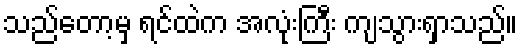
သည်တော့မှ ရင်ထဲက အလုံးကြီး ကျသွားရှာသည်။